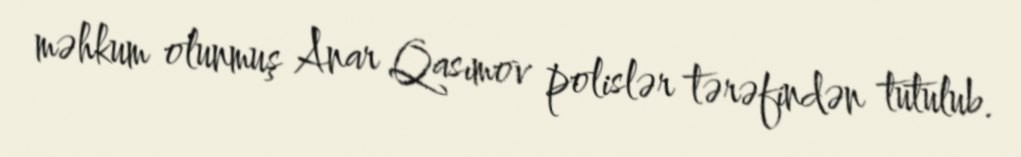
məhkum olunmuş Anar Qasımov polislər tərəfindən tutulub.